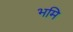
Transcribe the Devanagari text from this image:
भमि